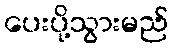
ပေးပို့သွားမည်